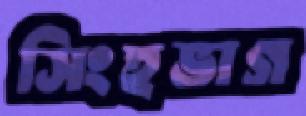
সিংহভাগ